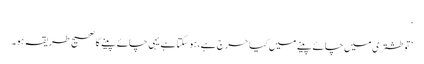
‘
’تو طشتری میں چائے پینے میں کیا حرج ہے، ہو سکتا ہے یہی چائے پینے کا صحیح طریقہ ہو۔